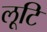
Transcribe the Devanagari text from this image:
लूटि